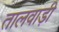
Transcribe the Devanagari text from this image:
तालवाड़ी